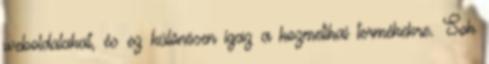
weboldalakat, és ez különösen igaz a kozmetikai termékekre. Sok